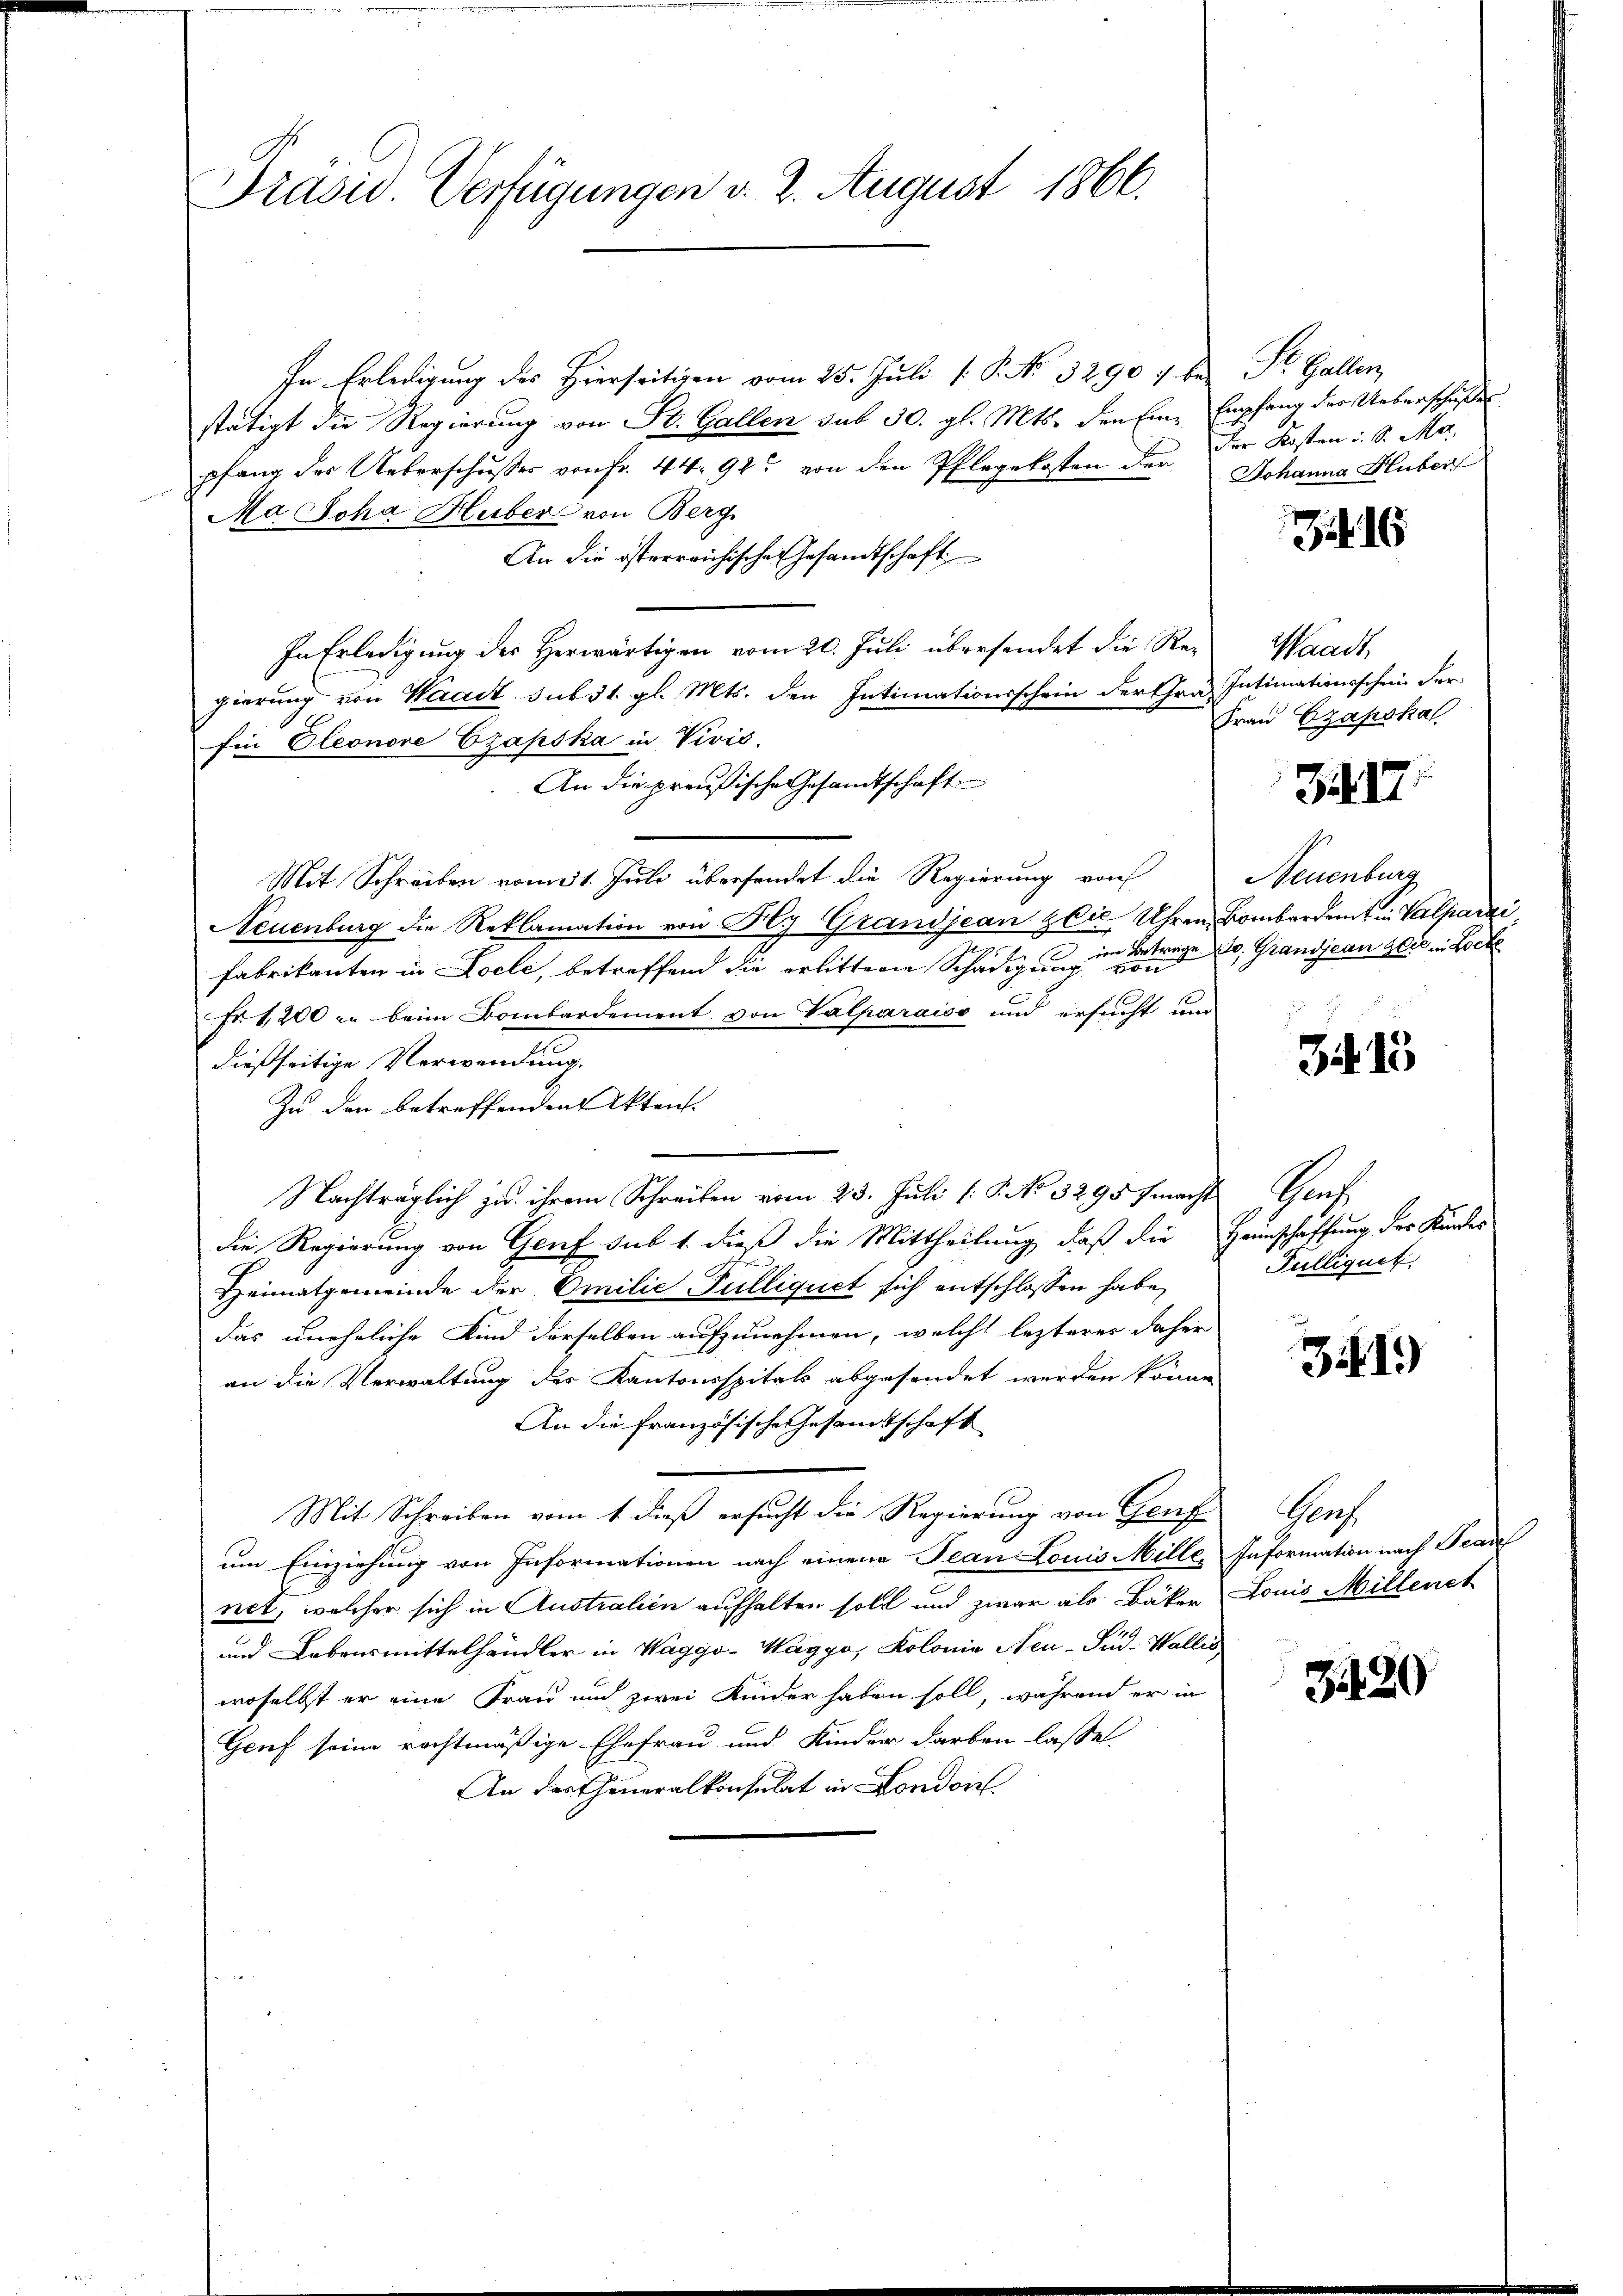
Präsid. Verfügungen d. 2. August 1866.

In Erledigung des Hierseitigen vom 25. Juli [ P. No. 3290 :/ be-
stätigt die Regierung von St. Gallen sub 30. gl. Mts. den Eine Empfang der Ueberschußes
pfang der Ueberschusses von Fr. 44. 92. von den Pflegekosten der
Ma Joha Huber von Berg
An die österreichische Gesandtschaft
In Erledigung des Herwärtigen vom 20. Juli übersendet die Regierung von Waadt sub 31. gl. Mts. den Intimationsschein der Graz. Intimationsschein Fer-
Ein Eleonore Czapska in Vivis.
An die preußische Gesandtschaft
Mit Schreiben vom 31. Juli übersendet die Regierung von
Neuenburg die Reklamation von Ny Grandjean zbić Uhren Bombardert in Valparzi
s
Fabrikanten in Locle, betreffend die erlittere Schädigung von
Fr. 1200 in beim Bombardement von Valparaiss und ersucht um
dießseitige Verwendung.
Zu den betreffenden Akten.
Nachträglich zu ihrem Schreiben vom 23. Juli [1. No 3295 f macht Genf
die Regierung von Genf sub 1. dieß die Mittheilung, daß die
Heimatgemeinde der Emilie Pulliquet sich entschlossen habe,
das uneheliche Kind derselben aufzunehmen, welche lezteres daher
an die Verwaltung des Kantonsspitals abgesendet werden könne
An die französische Gesandtschaft
Mit Schreiben vom 1. dieß ersucht die Regierung von Genf
um Einziehung von Informationen nach einen Jean Louis Mille,
net, welcher sich in Australien aufhalten soll und zwar als Bäker
und Lebensmittelhändler in Waggo-Waggo, Kolonie Neu-Sud- Wallis
woselbst er eine Frau und zwei Kinder haben soll, während er in
Genf seine rechtmäßige Ehefrau und Kinder darben lasset.
An der Generalkonsulat in London

Gallen
Der Kosten d. d. Ma
Johanna Huber

16

Waadt,
Frau Ezapskal

317.

Neuenburg
im Betrage u. Grandjean Zeit in Locke

315

Haunschaffung der Kinders
Fulliquet

31419)

Gaus
Information nach Bean
Louis Millenet

1420